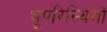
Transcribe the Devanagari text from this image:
भूपरिस्थियों